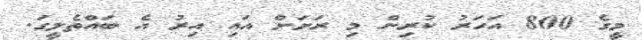
މީގެ 800 އަހަރު ކުރިން މި ރަށަށް އައި އިރު އެ ބައްތެލީގަ.